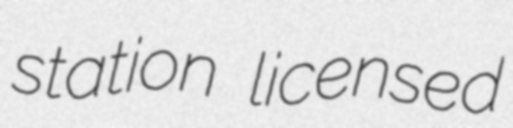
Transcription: station licensed